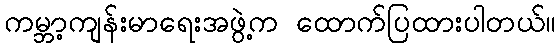
ကမ္ဘာ့ကျန်းမာရေးအဖွဲ့က ထောက်ပြထားပါတယ်။